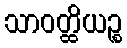
သာဝတ္ထိယဉ္စ